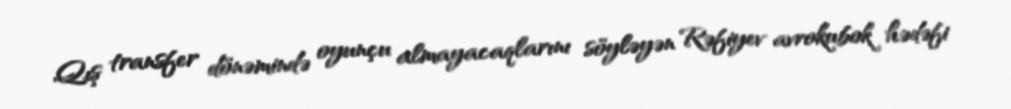
Qış transfer dönəmində oyunçu almayacaqlarını söyləyən Rəfiyev avrokubok hədəfi